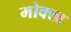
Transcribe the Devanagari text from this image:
मोक्ख